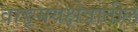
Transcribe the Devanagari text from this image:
वाङ्मयक्षेत्रातील